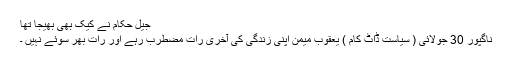
جیل حکام نے کیک بھی بھیجا تھا
ناگپور 30 جولائی ( سیاست ڈاٹ کام ) یعقوب میمن اپنی زندگی کی آخری رات مضطرب رہے اور رات بھر سوئے نہیں ۔